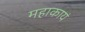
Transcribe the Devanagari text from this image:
महाकायं